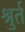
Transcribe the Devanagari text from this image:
श्रुर्त